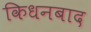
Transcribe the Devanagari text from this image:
किधनबाद